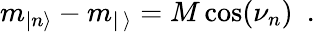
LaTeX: m_{|n\rangle}-m_{|\, \rangle}=M\cos(\nu_{n})\, \, \, .